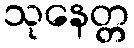
သုနေတ္တ